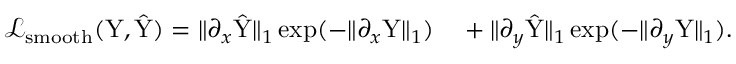
\begin{array} { r l } { \mathcal { L } _ { \mathrm { s m o o t h } } ( \mathrm { Y } , \hat { \mathrm { Y } } ) = \| \partial _ { x } \hat { \mathrm { Y } } \| _ { 1 } \exp ( - \| \partial _ { x } \mathrm { Y } \| _ { 1 } ) } & { { } + \| \partial _ { y } \hat { \mathrm { Y } } \| _ { 1 } \exp ( - \| \partial _ { y } \mathrm { Y } \| _ { 1 } ) . } \end{array}